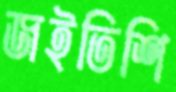
জইতিশি